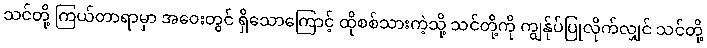
သင်တို့ ကြယ်တာရာမှာ အဝေးတွင် ရှိသောကြောင့် ထိုစစ်သားကဲ့သို့ သင်တို့ကို ကျွန်ုပ်ပြုလိုက်လျှင် သင်တို့